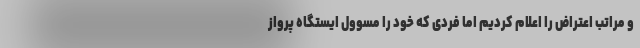
و مراتب اعتراض را اعلام کردیم اما فردی که خود را مسوول ایستگاه پرواز